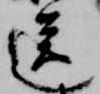
送